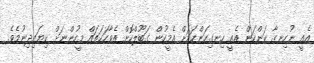
އެއީ ނުހިނގާ ކަންކަން އެއީ ހިނގިކަންކަމަށް އެމީހުން ގަބޫލްކޮށް އެވާހަކަތައް މީހުންނަށް ކިޔައިދިނުމެވެ.